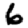
Digit: 6